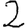
Digit: 2